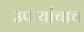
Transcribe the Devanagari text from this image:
उपायांचाच